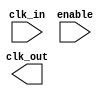
module ClockTreeBuffer (
    input wire clk_in,          // Input clock signal
    input wire enable,          // Enable signal for power management
    output wire clk_out         // Output clock signal
);

    // Parameters for buffer stages
    parameter NUM_STAGES = 3;  // Number of buffer stages
    parameter BUFFER_SIZE = 2;  // Size of each buffer stage

    // Internal signals
    wire [NUM_STAGES:0] clk_stages; // Intermediate clock signals

    // Generate clock buffer stages
    genvar i;
    generate
        for (i = 0; i < NUM_STAGES; i = i + 1) begin : buffer_stage
            if (i == 0) begin
                // First stage directly drives from input clock
                assign clk_stages[i] = enable ? clk_in : 1'b0;
            end else begin
                // Subsequent stages drive from previous stage
                assign clk_stages[i] = enable ? (clk_stages[i-1] & clk_stages[i-1]) : 1'b0; // Simple buffer logic
            end
        end
    endgenerate

    // Final output clock
    assign clk_out = clk_stages[NUM_STAGES];

endmodule